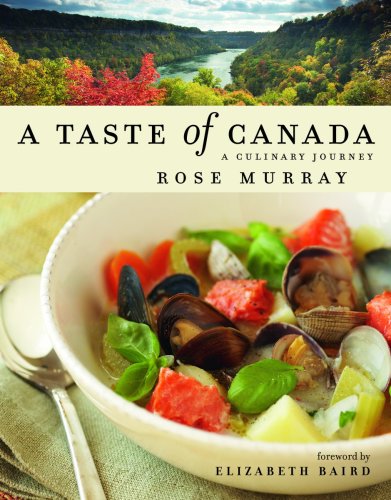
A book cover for A Taste of Canada; Rose Murray; Cookbooks, Food & Wine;